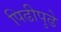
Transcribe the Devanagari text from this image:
पिढीपुढे